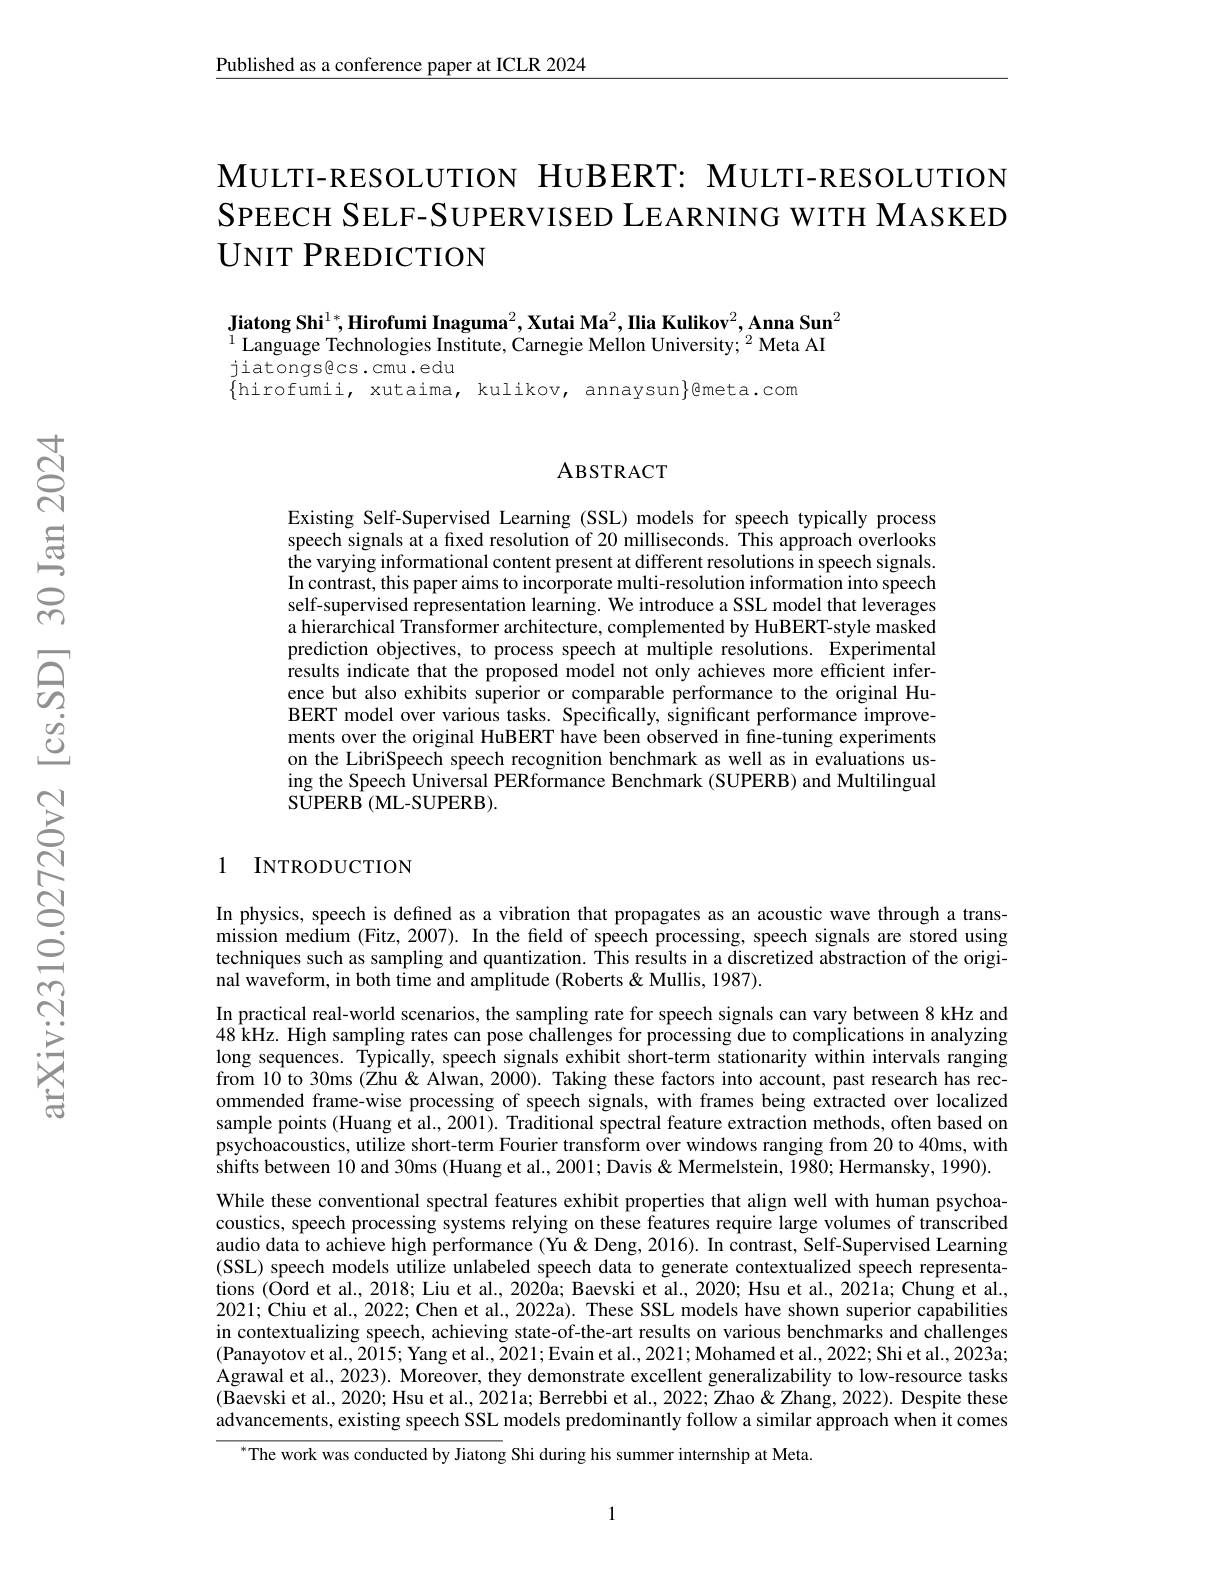
Published as a conference paper at ICLR 2024

MULTI-RESOLUTION HUBERT: MULTI-RESOLUTION SPEECH SELF-SUPERVISED LEARNING WITH MASKED UNIT PREDICTION

$\textbf{Jiatong Shi}^{1*},\textbf{Hirofumi Inaguma}^2,\textbf{Xutai Ma}^2,\textbf{Ilia Kulikov}^2,\textbf{Anna Sun}^2$

$^{1}$Language Technologies Institute, Carnegie Mellon University; $^2$ Meta AI

jiatongsecs.cmu.edu

$\{$hirofumii, xutaima, kulikov, annaysun$\}$@meta.com

### ABSTRACT

Existing Self-Supervised Learning (SSL) models for speech typically process speech signals at a frxed resolution of 20 milliseconds. This approach overlooks the varying informational content present at different resolutions in speech signals. In contrast, this paper aims to incorporate multi-resolution information into speech self-supervised representation learning. We introduce a SSL model that leverages a hierarchical Transformer architecture, complemented by HuBERT-style masked prediction objectives, to process speech at multiple resolutions. Experimental results indicate that the proposed model not only achieves more efficient inference but also exhibits superior or comparable performance to the original HuBERT model over various tasks. Specifically, significant performance improvements over the original HuBERT have been observed in fine-tuning experiments on the LibriSpeech speech recognition benchmark as well as in evaluations using the Speech Universal PERformance Benchmark (SUPERB) and Multilingual SUPERB ( ML- SUPERB) .

## 1 INTRODUCTION

In physics, speech is defined as a vibration that propagates as an acoustic wave through a transmission medium (Fitz, 2007). In the field of speech processing, speech signals are stored using techniques such as sampling and quantization. This results in a discretized abstraction of the original waveform, in both time and amplitude (Roberts &Mullis, 1987).
In practical real-world scenarios, the sampling rate for speech signals can vary between 8 kHz and 48 kHz. High sampling rates can pose challenges for processing due to complications in analyzing long sequences. Typically, speech signals exhibit short-term stationarity within intervals ranging from 10 to 30ms (Zhu & Alwan, 2000). Taking these factors into account, past research has recommended frame-wise processing of speech signals, with frames being extracted over localized sample points (Huang et al., 2001). Traditional spectral feature extraction methods, often based on psychoacoustics, utilize short-term Fourier transform over windows ranging from 20 to 40ms, with shifts between 10 and 30ms (Huang et al., 2001; Davis & Mermelstein, 1980; Hermansky, 1990). While these conventional spectral features exhibit properties that align well with human psychoacoustics, speech processing systems relying on these features require large volumes of transcribed audio data to achieve high performance (Yu&Deng,2016). In contrast, Self-Supervised Learning (SSL) speech models utilize unlabeled speech data to generate contextualized speech representations (Oord et al., 2018; Liu et al., 2020a; Baevski et al., 2020; Hsu et al., 2021a; Chung et al., 2021; Chiu et al., 2022; Chen et al., 2022a). These SSL models have shown superior capabilities in contextualizing speech, achieving state-of-the-art results on various benchmarks and challenges (Panayotov et al., 2015; Yang et al., 2021; Evain et al., 2021; Mohamed et al., 2022; Shi et al., 2023a; Agrawal et al., 2023). Moreover, they demonstrate excellent generalizability to low-resource tasks (Baevski et al., 2020; Hsu et al., 2021a; Berrebbi et al., 2022; Zhao &Zhang, 2022). Despite these advancements, existing speech SSL models predominantly follow a similar approach when it comes
The work was conducted by Jiatong Shi during his summer internship at Meta.

1